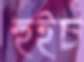
হুইচ